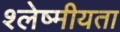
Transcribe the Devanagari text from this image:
श्लेष्मीयता